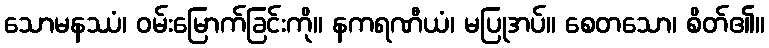
သောမနဿံ၊ ဝမ်းမြောက်ခြင်းကို။ နကရဏီယံ၊ မပြုအပ်။ စေတသော၊ စိတ်၏။